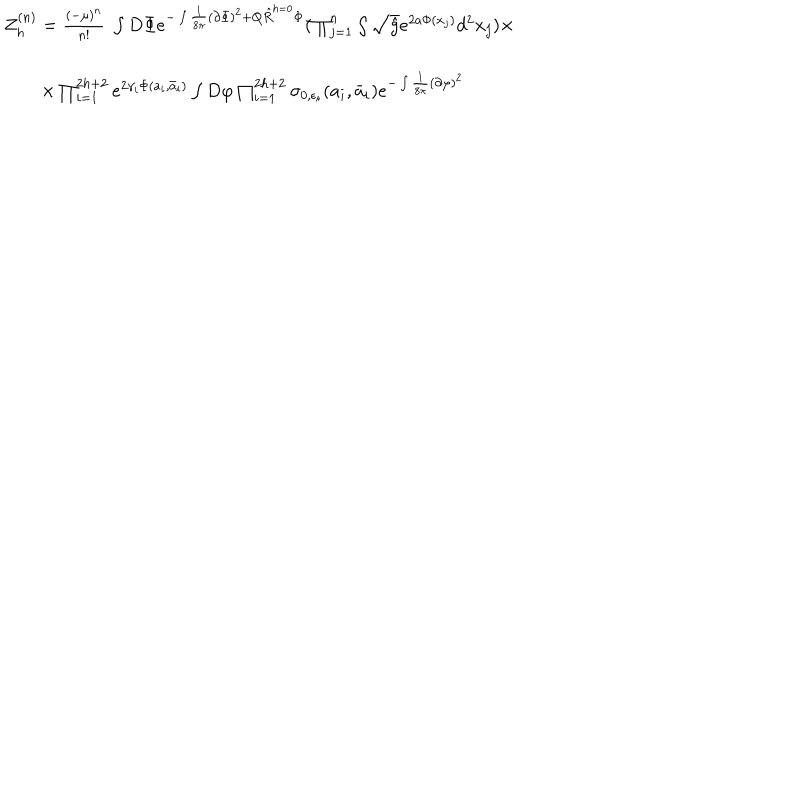
\begin{array} { l } { { Z _ { h } ^ { ( n ) } = \frac { \left( - \mu \right) ^ { n } } { n ! } \; \int D \Phi e ^ { - \int \frac { 1 } { 8 \pi } ( \partial \Phi ) ^ { 2 } + Q \hat { R } ^ { h = 0 } \Phi } ( \prod _ { j = 1 } ^ { n } \int \sqrt { \hat { g } } e ^ { 2 a \Phi ( x _ { j } ) } d ^ { 2 } x _ { j } ) \times } } \\ { { \nonumber } } \\ { { \qquad \times \prod _ { i = 1 } ^ { 2 h + 2 } e ^ { 2 \gamma _ { i } \Phi ( a _ { i } , \bar { a } _ { i } ) } \int D \varphi \prod _ { i = 1 } ^ { 2 h + 2 } \sigma _ { 0 , \epsilon _ { i } } ( a _ { i } , \bar { a } _ { i } ) e ^ { - \int \frac { 1 } { 8 \pi } ( \partial \varphi ) ^ { 2 } } } } \\ \end{array}